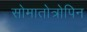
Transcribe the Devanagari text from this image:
सोमातोत्रोपिन